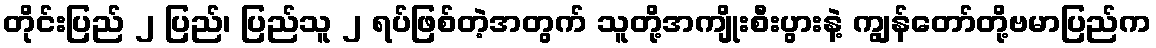
တိုင်းပြည် ၂ ပြည်၊ ပြည်သူ ၂ ရပ်ဖြစ်တဲ့အတွက် သူတို့အကျိုးစီးပွားနဲ့ ကျွန်တော်တို့ဗမာပြည်က